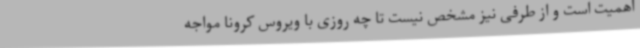
اهمیت است و از طرفی نیز مشخص نیست تا چه روزی با ویروس کرونا مواجه